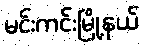
မင်းကင်းမြို့နယ်